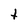
Character: t